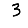
Digit: 3